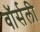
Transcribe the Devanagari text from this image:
वॉर्सली